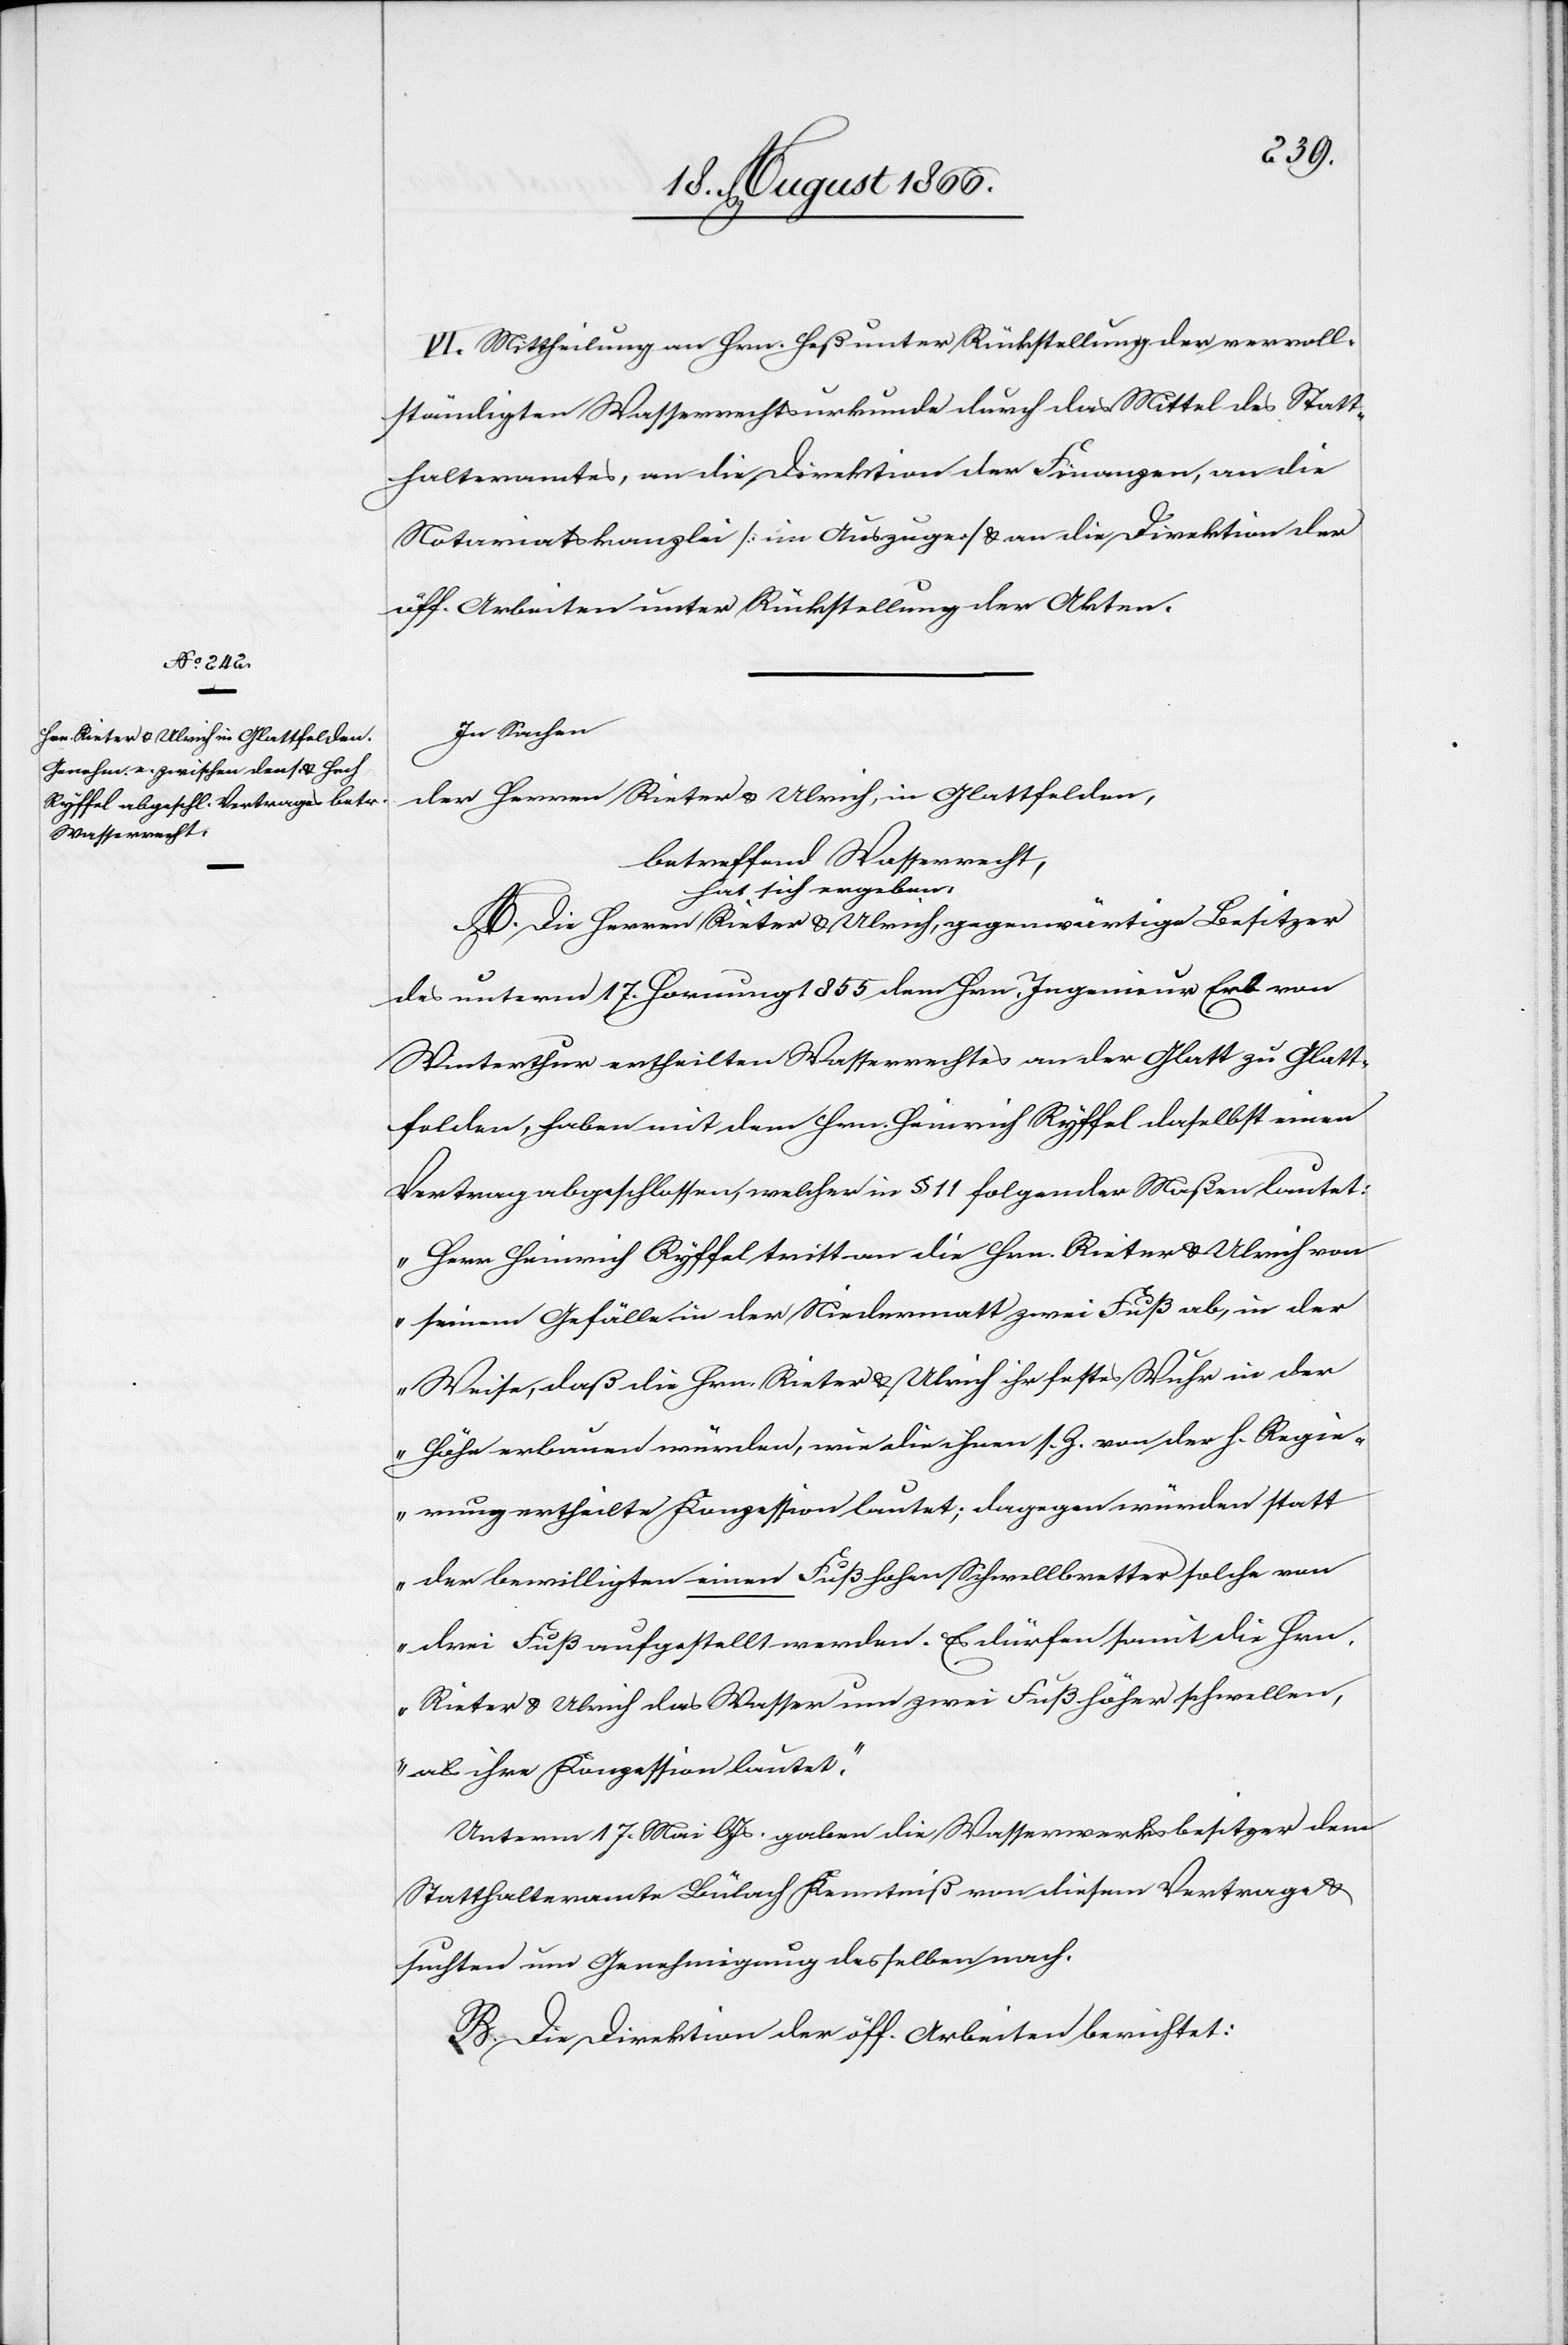
VI. Mittheilung an Hrn. Heß unter Rückstellung der vervoll¬
ständigten Wasserrechtsurkunde durch das Mittel des Statt¬
halteramtes, an die Direktion der Finanzen, an die
Notariatskanzlei [im Auszuge] u. an die Direktion der
öff. Arbeiten unter Rückstellung der Akten.
In Sachen
der Herren Rieter u. Ulrich in Glattfelden,
betreffend Wasserrecht,
hat sich ergeben,
A. Die Herren Rieter u. Ulrich, gegenwärtige Besitzer
des unterm 17. Hornung 1855 dem Hrn. Ingenieur Erb von
Winterthur ertheilten Wasserrechtes an der Glatt zu Glatt¬
felden, haben mit dem Hrn. Heinrich Ryffel daselbst einen
Vertrag abgeschlossen, welcher in § 11 folgender Maßen lautet:
„Herr Heinrich Ryffel tritt an die Hrn. Rieter u. Ulrich von
seinem Gefälle in der Niedermatt zwei Fuß ab, in der
Weise, daß die Hrn. Rieter u. Ulrich ihr festes Wuhr in der
Höhe erbauen würden, wie die ihnen s. Z. von der h. Regie¬
rung ertheilte Konzession lautet; dagegen würden statt
der bewilligten einen Fuß hohen Schwellbretter solche von
drei Fuß aufgestellt werden. Es dürfen somit die Hrn.
Rieter u. Ulrich das Wasser um zwei Fuß höher schwellen,
als ihre Konzession lautet.“
Unterm 17. Mai lJs. gaben die Wasserwerksbesitzer dem
Statthalteramte Bülach Kenntniß von diesem Vertrage u.
suchten um Genehmigung desselben nach.
B. Die Direktion der öff. Arbeiten berichtet: